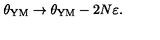
\theta _ { \mathrm { Y M } } \to \theta _ { \mathrm { Y M } } - 2 N \varepsilon .